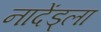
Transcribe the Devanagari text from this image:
नादेंड्ला